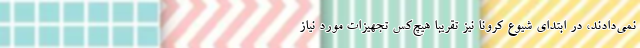
نمی‌دادند، در ابتدای شیوع کرونا نیز تقریباً هیچ‌کس تجهیزات مورد نیاز